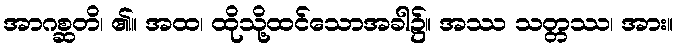
အာဂစ္ဆတိ၊ ၏။ အထ၊ ထိုသို့ထင်သောအခါ၌။ အဿ သတ္တဿ၊ အား။